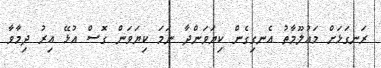
ރަނގަޅަށް މައުލޫމާތު އެނގިގެން ކިޔަވަންދާ ނަމަ ކިޔަވަން ގޮސް އުޅޭ އިރު ދިމާވާ